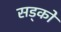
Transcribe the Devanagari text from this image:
सड्को